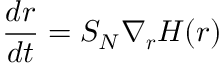
{ \frac { d { \boldsymbol { r } } } { d t } } = S _ { N } \nabla _ { \boldsymbol { r } } H ( { \boldsymbol { r } } )